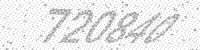
Solution: 720840